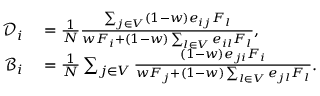
\begin{array} { r l } { \mathcal { D } _ { i } } & { { } = \frac { 1 } { N } \frac { \sum _ { j \in V } ( 1 - w ) e _ { i j } F _ { l } } { w F _ { i } + ( 1 - w ) \sum _ { l \in V } e _ { i l } F _ { l } } , } \\ { \mathcal { B } _ { i } } & { { } = \frac { 1 } { N } \sum _ { j \in V } \frac { ( 1 - w ) e _ { j i } F _ { i } } { w F _ { j } + ( 1 - w ) \sum _ { l \in V } e _ { j l } F _ { l } } . } \end{array}